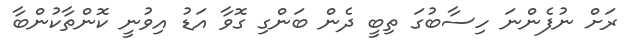
ރަށް ނުފެންނަ ހިސާބުގަ ތިބީ ދެން ބަންގި ގޮވާ އަޑު އިވުނީ ކޮންތާކުންބާ